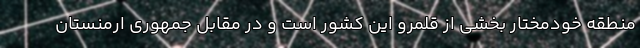
منطقه خودمختار بخشی از قلمرو این کشور است و در مقابل جمهوری ارمنستان